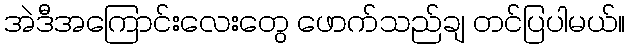
အဲဒီအကြောင်းလေးတွေ ဖောက်သည်ချ တင်ပြပါမယ်။